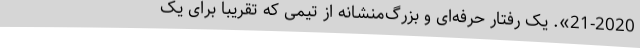
21-2020». یک رفتار حرفه‌ای و بزرگ‌منشانه از تیمی که تقریباً برای یک